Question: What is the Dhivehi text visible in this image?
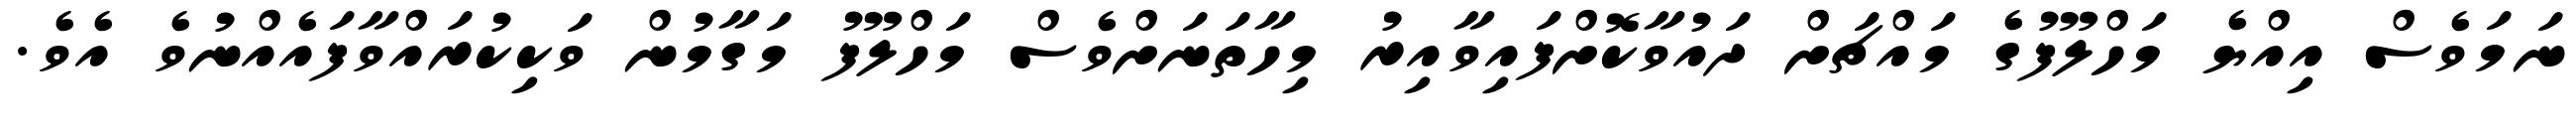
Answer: ނަމަވެސް އިއްޔެ މަހްލޫފުގެ މައްޗަށް ދައުވާކޮށްފައިވާއިރު މިހާތަނަށްވެސް މަހްލޫފު މަގާމުން ވަކިކުރައްވާފައެއްނުވެ އެވެ.